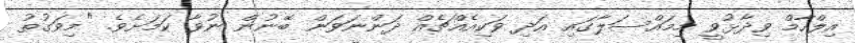
އިލްހާމް ވިދާޅުވީ މިމައްސަލާގައި އަދި ވަކިއެއްޗެއް ދަންނަވަން ބޭނުން ނުވާ ކަމަށެވެ. "މިވަގުތު